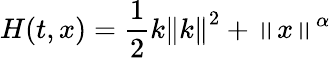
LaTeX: H(t,x)=\frac{1}{2}k\left\| k\right\| ^{2}+\left\| x\right\| ^{\alpha}